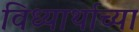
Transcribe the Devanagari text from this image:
विध्यार्थाच्या